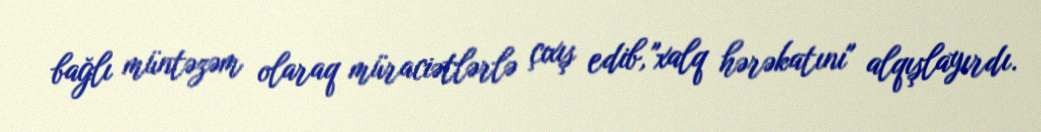
bağlı müntəzəm olaraq müraciətlərlə çıxış edib, "xalq hərəkatını" alqışlayırdı.